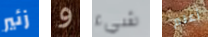
زئير و شيء أعلم